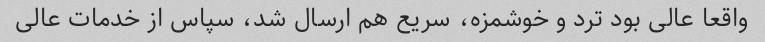
واقعا عالی بود ترد و خوشمزه، سریع هم ارسال شد، سپاس از خدمات عالی